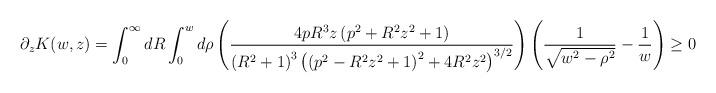
LaTeX: \begin{align*} \partial_{z}K(w,z) = \int_{0}^{\infty} dR \int_{0}^{w} d\rho \left(\frac{4 p R^3 z \left(p^2+R^2 z^2+1\right)}{\left(R^2+1\right)^3 \left(\left(p^2-R^2 z^2+1\right)^2+4 R^2 z^2\right)^{3/2}}\right)\left(\frac{1}{\sqrt{w^{2}-\rho^{2}}}-\frac{1}{w}\right) \geq 0\end{align*}